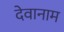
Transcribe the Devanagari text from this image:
देवानाम